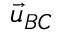
\vec { u } _ { B C }